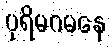
ပုရိမဂမနေ